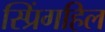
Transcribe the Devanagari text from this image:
स्प्रिंगहिल